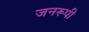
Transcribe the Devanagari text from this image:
जनरूपी